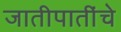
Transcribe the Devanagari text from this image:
जातीपातींचे